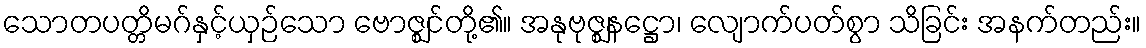
သောတပတ္တိမဂ်နှင့်ယှဉ်သော ဗောဇ္ဈင်တို့၏။ အနုဗုဇ္ဈနဋ္ဌော၊ လျောက်ပတ်စွာ သိခြင်း အနက်တည်း။